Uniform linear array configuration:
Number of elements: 32
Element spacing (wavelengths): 0.5
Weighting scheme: uniform
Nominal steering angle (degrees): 45
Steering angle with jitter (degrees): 43.08
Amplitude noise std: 0.05
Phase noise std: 0.05

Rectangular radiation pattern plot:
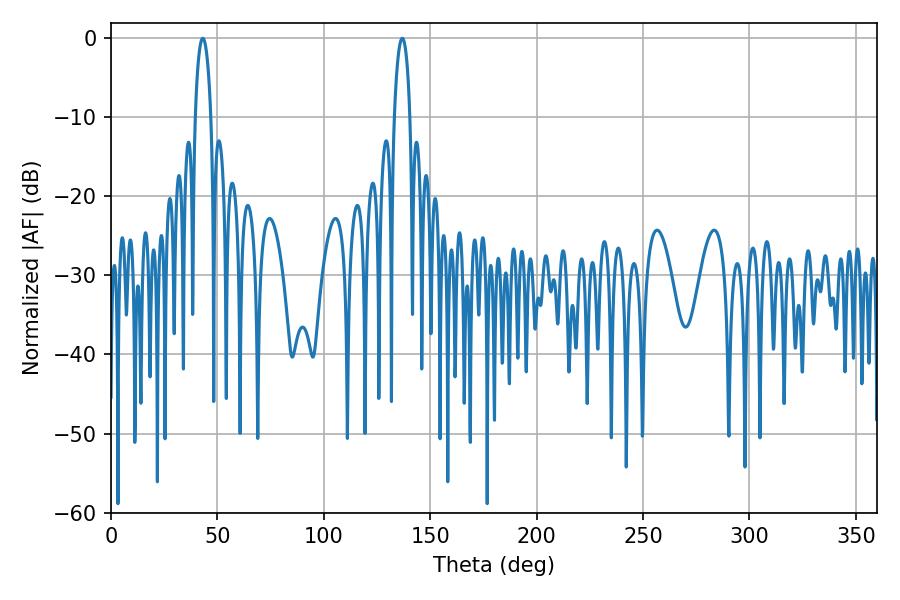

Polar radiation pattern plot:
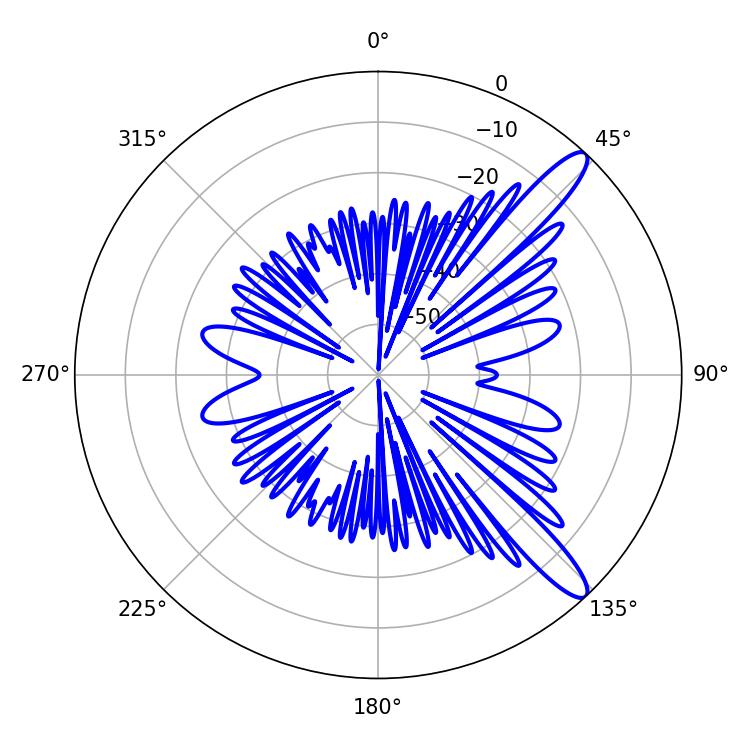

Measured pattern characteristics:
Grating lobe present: FALSE
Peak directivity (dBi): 12.402
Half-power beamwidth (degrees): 4.14
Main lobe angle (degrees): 136.8